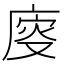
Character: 廀